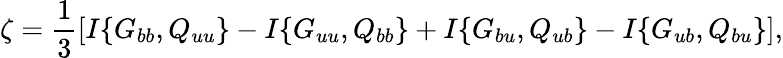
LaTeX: \zeta=\frac{1}{3}\left[{I\{ {G_{bb},Q_{uu}}\} -I\{ {G_{uu},Q_{bb}}\} +I\{ {G_{bu},Q_{ub}}\} -I\{ {G_{ub},Q_{bu}}\} }\right],